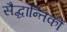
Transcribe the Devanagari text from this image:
सैद्धान्तिकों